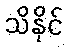
သိနိုင်